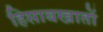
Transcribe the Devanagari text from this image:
हिसाबखातों